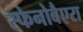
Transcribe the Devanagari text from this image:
स्फेनोबैएरा